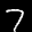
Label: 7